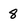
Character: 8